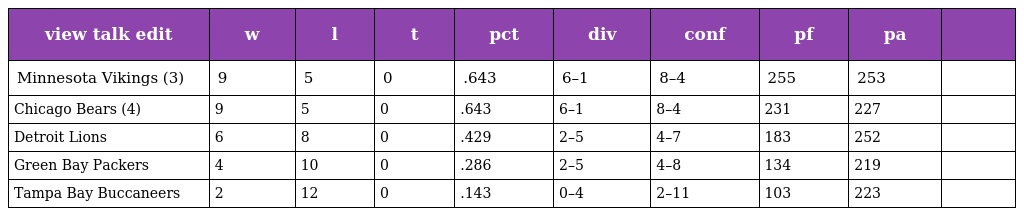
| view talk edit | w | l | t | pct | div | conf | pf | pa |  |
 | --- | --- | --- | --- | --- | --- | --- | --- | --- | --- |
 | Minnesota Vikings (3) | 9 | 5 | 0 | .643 | 6–1 | 8–4 | 255 | 253 |  |
 | Chicago Bears (4) | 9 | 5 | 0 | .643 | 6–1 | 8–4 | 231 | 227 |  |
 | Detroit Lions | 6 | 8 | 0 | .429 | 2–5 | 4–7 | 183 | 252 |  |
 | Green Bay Packers | 4 | 10 | 0 | .286 | 2–5 | 4–8 | 134 | 219 |  |
 | Tampa Bay Buccaneers | 2 | 12 | 0 | .143 | 0–4 | 2–11 | 103 | 223 |  |